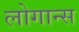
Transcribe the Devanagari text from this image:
लोगान्स